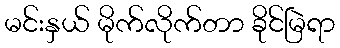
မင်းနှယ် မိုက်လိုက်တာ ခိုင်မြဲရာ